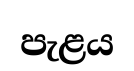
පැළය